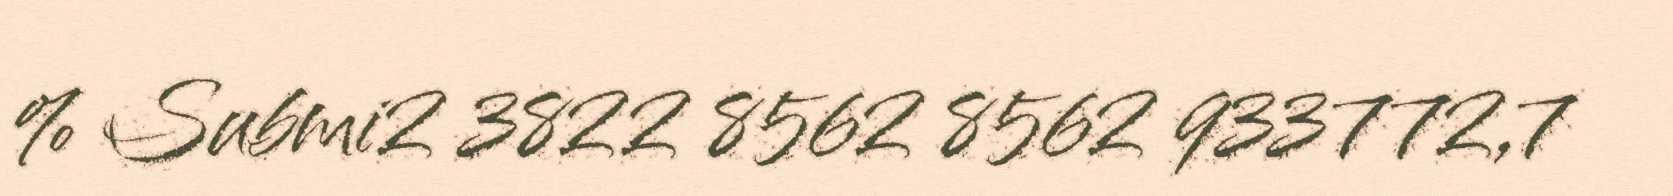
% Submi2 3822 8562 8562 933772,7